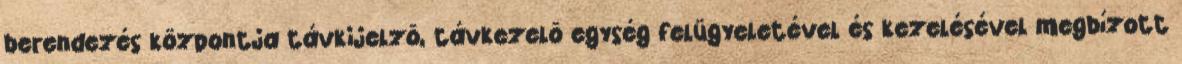
berendezés központja távkijelzõ, távkezelõ egység felügyeletével és kezelésével megbízott